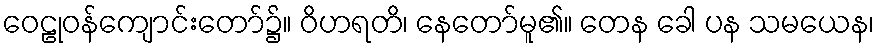
ဝေဠုဝန်ကျောင်းတော်၌။ ဝိဟရတိ၊ နေတော်မူ၏။ တေန ခေါ ပန သမယေန၊